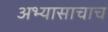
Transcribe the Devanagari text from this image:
अभ्यासाचाच